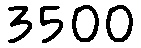
3500